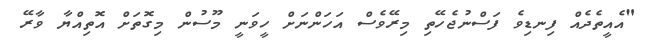
"އެއީތެދެއް ފިނޑިވެ ފަސްނުޖެހޭތި މިރޭވެސް އަހަންނަށް ހީވަނީ މޫސުން މިގޮތަށް އޮތިއްޔާ ވާރޭ